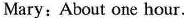
Mary:About one hour.